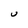
Character: U